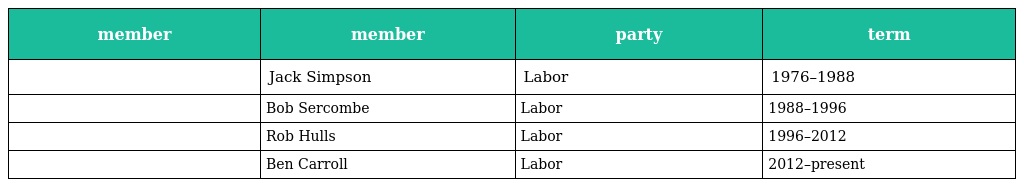
| member | member | party | term |
 | --- | --- | --- | --- |
 |  | Jack Simpson | Labor | 1976–1988 |
 |  | Bob Sercombe | Labor | 1988–1996 |
 |  | Rob Hulls | Labor | 1996–2012 |
 |  | Ben Carroll | Labor | 2012–present |